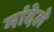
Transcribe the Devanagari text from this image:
मांदेले